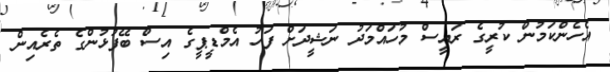
އެހެންކަމުން ކުރީގެ ރައީސް މުހައްމަދު ނަޝީދަށް ފަހު އެމްޑީޕީގެ އިސް ބޭފުޅުންގެ ތެރެއިން